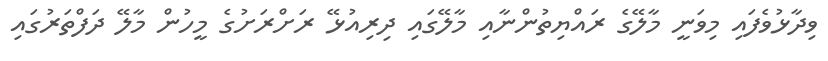
ވިދާޅުވެފައި މިވަނީ މާލޭގެ ރައްޔިތުންނާއި މާލޭގައި ދިރިއުޅޭ ރަށްރަށުގެ މީހުން މާލޭ ދަފްތަރުގައި